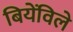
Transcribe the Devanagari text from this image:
बियेंविले